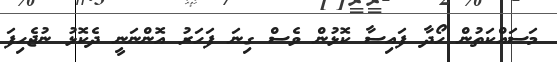
މަސައްކަތުން ހޯދާ ފައިސާ ކޮޅުން ވެސް ގިނަ ފަހަރު އޮންނަނީ ދެކޮޅު ނުޖެހިފަ